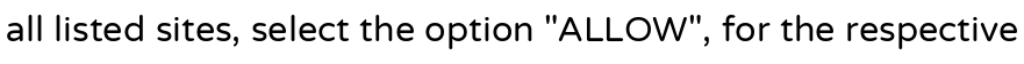
all listed sites, select the option "ALLOW", for the respective